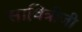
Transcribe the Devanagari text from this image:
सावित्रीजी